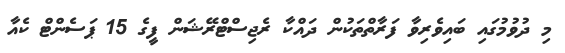
މި ދުވުމުގައި ބައިވެރިވާ ފަރާތްތަކުން ދައްކާ ރެޖިސްޓްރޭޝަން ފީގެ 15 ޕަސެންޓް ކެއާ